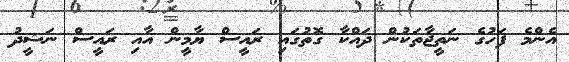
އެންމެ ފަހުގެ ނަތީޖާތަކުން ދައްކާ ގޮތުގައި ރައީސް ޔާމީން އާއި ރައީސް ނަޝީދު